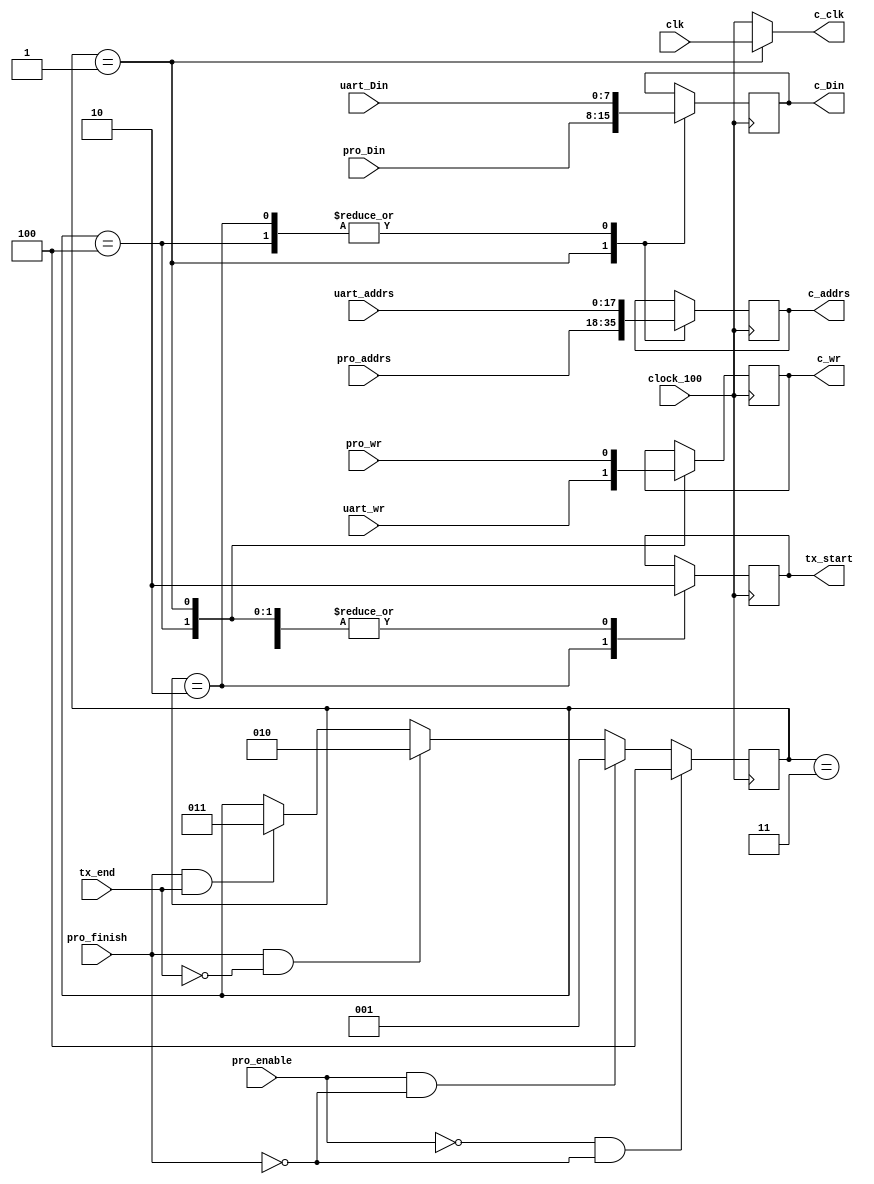
module com_controller(
	input clock_100,clk,
	input pro_enable, pro_finish,tx_end,pro_wr,uart_wr,
	input [7:0] uart_Din,pro_Din,
	input [17:0] uart_addrs,pro_addrs,
	output reg tx_start =0,
	output reg c_clk,
	output reg c_wr,
	output reg [17:0] c_addrs,
	output reg [7:0] c_Din
	//output reg [7:0] Data			//for indictaion only
    );
	 
	reg [2:0] cnt_st=3'b000;
	////////////////////////////////////////////////////////////
	always@(posedge clock_100)
	begin
		if(~pro_enable && ~pro_finish) 
			begin cnt_st<=3'b100; end
		else if(pro_enable && ~pro_finish)
			begin cnt_st<=3'b001; end
		else if(pro_finish && ~tx_end)
			begin cnt_st<=3'b010; end
		else if(pro_finish && tx_end)
			begin cnt_st<=3'b011; end
	end

	/////////////////////////////////////////////////////////////////////
	always@(cnt_st)
		case(cnt_st)
			3'b001: c_clk <=clk;
			default: c_clk <=clock_100;
		endcase
	
	always@(posedge clock_100)
		case(cnt_st)
			3'b100:begin
					tx_start<=0;				//taking from uart RX
					//c_clk<=clock_100;
					c_wr<=uart_wr;
					c_addrs<=uart_addrs;
					c_Din<=uart_Din;
					//Data <=uart_Din;
					end
					
			3'b001:begin						//Processor runnng
					tx_start<=0;
					//c_clk<=clk;
					c_wr<=pro_wr;
					c_addrs<=pro_addrs;
					c_Din<=pro_Din;
					end
			3'b010:begin						// TX start
					tx_start<=1;
					//c_clk<=clock_100;
					//c_wr<=uart_wr;
					c_addrs<=uart_addrs;
					c_Din<=uart_Din;
					end
			3'b011:begin						// TX start
					tx_start<=0;
					//c_clk<=clock_100;
					//c_wr<=uart_wr;
					//c_addrs<=uart_addrs;
					//c_Din<=uart_Din;
					end

			endcase
endmodule